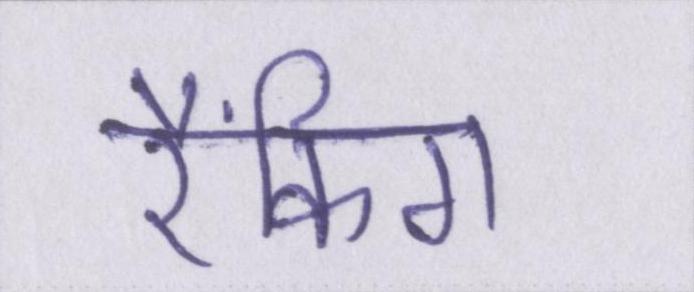
रैंकिग